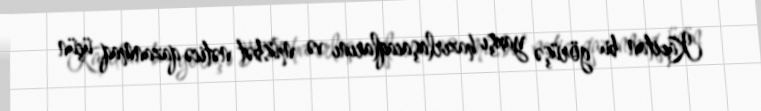
Kapitan bu görüşə yaxşı hazırlaşacaqlarını və müsbət nəticə qazanmaq üçün